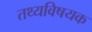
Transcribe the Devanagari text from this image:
तथ्यविषयक